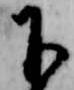
下